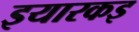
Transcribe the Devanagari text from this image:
इयारकइ